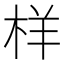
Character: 样